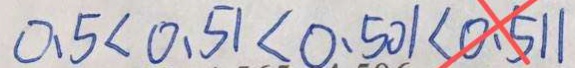
0 . 5 < 0 . 5 1 < 0 . 5 0 1 < 0 . 5 1 1